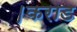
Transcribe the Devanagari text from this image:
।कराड